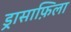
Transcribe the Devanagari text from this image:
ड्रासाफ़िला